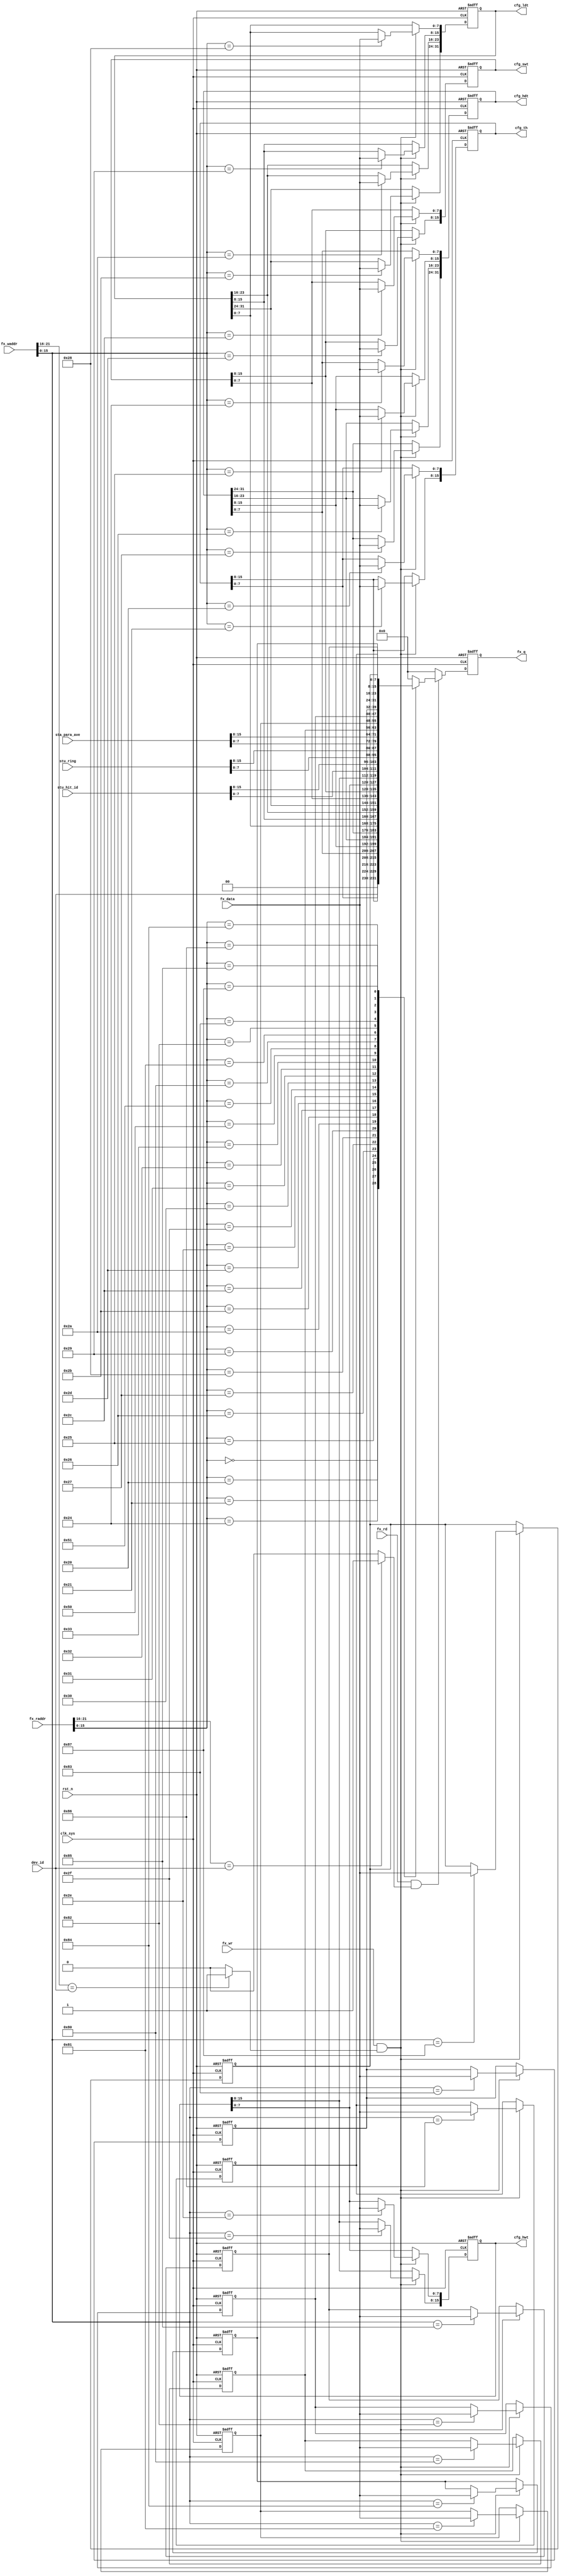
//para_regs.v

module para_regs(
//fx bus
fx_waddr,
fx_wr,
fx_data,
fx_rd,
fx_raddr,
fx_q,
//register
sta_para_ave,
cfg_th,
cfg_hdt,
cfg_ldt,
cfg_swt,
cfg_hwt,
stu_hit_id,
stu_ring,
//clk rst
dev_id,
clk_sys,
rst_n

);

//fx_bus
input 				fx_wr;
input [7:0]		fx_data;
input [21:0]	fx_waddr;
input [21:0]	fx_raddr;
input 				fx_rd;
output  [7:0]	fx_q;
//register
input [15:0] sta_para_ave;
output [15:0] cfg_th;
output [31:0] cfg_hdt;
output [31:0] cfg_ldt;
output [15:0]	cfg_swt;
output [15:0]	cfg_hwt;
input [15:0] stu_hit_id;
input [15:0] stu_ring;
//clk rst
input [5:0] dev_id;
input clk_sys;
input rst_n;

//-----------------------------------------
//-----------------------------------------

wire dev_wsel = (fx_waddr[21:16]== dev_id) ? 1'b1 :1'b0;
wire dev_rsel = (fx_raddr[21:16]== dev_id) ? 1'b1 :1'b0;

wire now_wr = fx_wr & dev_wsel;
wire now_rd = fx_rd & dev_rsel;


//--------- register --------
reg [15:0] 	cfg_th;
reg [31:0]	cfg_hdt;
reg [31:0]	cfg_ldt;
reg [15:0]	cfg_swt;
reg [15:0]	cfg_hwt;
reg [7:0] cfg_dbg0;
reg [7:0] cfg_dbg1;
reg [7:0] cfg_dbg2;
reg [7:0] cfg_dbg3;
reg [7:0] cfg_dbg4;
reg [7:0] cfg_dbg5;
reg [7:0] cfg_dbg6;
reg [7:0] cfg_dbg7;



//--------- write register ----------
always @ (posedge clk_sys or negedge rst_n)	begin
	if(~rst_n)	begin
		//cfg_th	 <= 16'h8000;
		cfg_th	 <= 16'h7800;
		cfg_hdt  <= 32'd1_000_00;
		cfg_ldt  <= 32'd500_000_00;
		cfg_swt  <= 16'h4;
		cfg_hwt  <= 16'h14;
		cfg_dbg0 <= 8'h80;
		cfg_dbg1 <= 8'h81;
		cfg_dbg2 <= 8'h82;
		cfg_dbg3 <= 8'h83;
		cfg_dbg4 <= 8'h84;
		cfg_dbg5 <= 8'h85;
		cfg_dbg6 <= 8'h86;
		cfg_dbg7 <= 8'h87;
	end
	else if(now_wr) begin
		case(fx_waddr[15:0])
			16'h20 : cfg_th[7:0]  <= fx_data;
			16'h21 : cfg_th[15:8] <= fx_data;
			16'h24 : cfg_hdt[7:0]   <= fx_data;
			16'h25 : cfg_hdt[15:8]  <= fx_data;
			16'h26 : cfg_hdt[23:16] <= fx_data;
			16'h27 : cfg_hdt[31:24] <= fx_data;
			16'h28 : cfg_ldt[7:0]   <= fx_data;
			16'h29 : cfg_ldt[15:8]  <= fx_data;
			16'h2a : cfg_ldt[23:16] <= fx_data;
			16'h2b : cfg_ldt[31:24] <= fx_data;
			16'h2c : cfg_swt[7:0]   <= fx_data;
			16'h2d : cfg_swt[15:8]  <= fx_data;
			16'h2e : cfg_hwt[7:0]   <= fx_data;
			16'h2f : cfg_hwt[15:8]   <= fx_data;
			16'h80 : cfg_dbg0 <= fx_data;
			16'h81 : cfg_dbg1 <= fx_data;
			16'h82 : cfg_dbg2 <= fx_data;
			16'h83 : cfg_dbg3 <= fx_data;
			16'h84 : cfg_dbg4 <= fx_data;
			16'h85 : cfg_dbg5 <= fx_data;
			16'h86 : cfg_dbg6 <= fx_data;
			16'h87 : cfg_dbg7 <= fx_data;
			default : ;
		endcase
	end
	else ;
end
			

//---------- read register ---------
reg [7:0] q0;
always @(posedge clk_sys or negedge rst_n)	begin
	if(~rst_n) begin
		q0 <= 8'h0;
	end
	else if(now_rd) begin
		case(fx_raddr[15:0])
			16'h0  : q0 <= {2'h0,dev_id};
			16'h20 : q0 <= cfg_th[7:0];
			16'h21 : q0 <= cfg_th[15:8];
			16'h24 : q0 <= cfg_hdt[7:0];
			16'h25 : q0 <= cfg_hdt[15:8];
			16'h26 : q0 <= cfg_hdt[23:16];
			16'h27 : q0 <= cfg_hdt[31:24];
			16'h28 : q0 <= cfg_ldt[7:0];
			16'h29 : q0 <= cfg_ldt[15:8];	
			16'h2a : q0 <= cfg_ldt[23:16];
			16'h2b : q0 <= cfg_ldt[31:24];	
			16'h2c : q0 <= cfg_swt[7:0];
			16'h2d : q0 <= cfg_swt[15:8];
			16'h2e : q0 <= cfg_hwt[7:0];
			16'h2f : q0 <= cfg_hwt[15:8];
			16'h30 : q0 <= stu_hit_id[7:0];
			16'h31 : q0 <= stu_hit_id[15:8];
			16'h32 : q0 <= stu_ring[7:0];
			16'h33 : q0 <= stu_ring[15:8];
			16'h50 : q0 <= sta_para_ave[7:0];
			16'h51 : q0 <= sta_para_ave[15:8];
			16'h80 : q0 <= cfg_dbg0;
			16'h81 : q0 <= cfg_dbg1;
			16'h82 : q0 <= cfg_dbg2;
			16'h83 : q0 <= cfg_dbg3;
			16'h84 : q0 <= cfg_dbg4;
			16'h85 : q0 <= cfg_dbg5;
			16'h86 : q0 <= cfg_dbg6;
			16'h87 : q0 <= cfg_dbg7;
			
			default : q0 <= 8'h0;
		endcase
	end
	else 
		q0 <= 8'h0;
end

wire [7:0] fx_q;
assign fx_q = q0;
	
	
endmodule